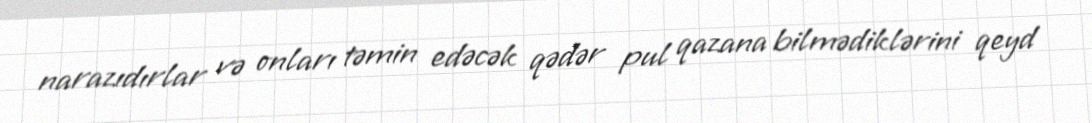
narazıdırlar və onları təmin edəcək qədər pul qazana bilmədiklərini qeyd